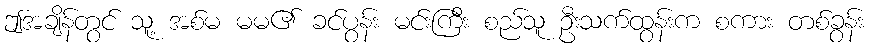
ဤအချိန်တွင် သူ့ အစ်မ မမ၏ ခင်ပွန်း မင်းကြီး စည်သူ ဦးသက်ထွန်းက စကား တစ်ခွန်း